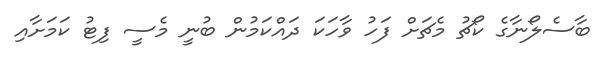
ބާސެލޯނާގެ ކޯޗު މެޗަށް ފަހު ވާހަކަ ދައްކަމުން ބުނީ މެސީ ފިޓު ކަމަށާއި